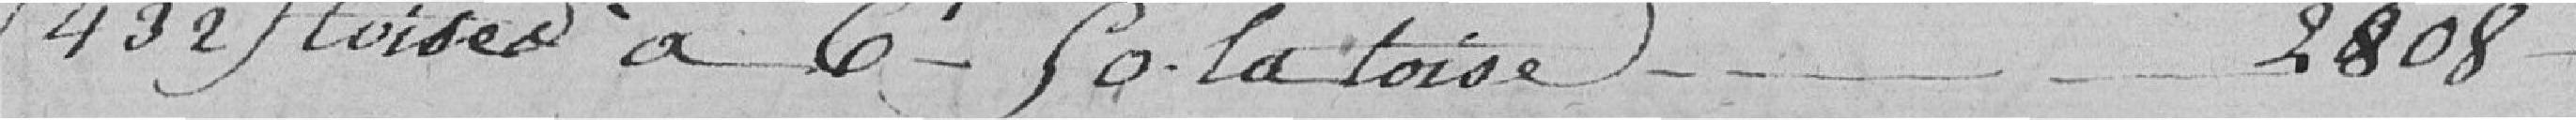
(432) toises à 6 fr 50 la toise 2808